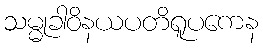
သမ္မုခါဝိနယပတိရူပကေန